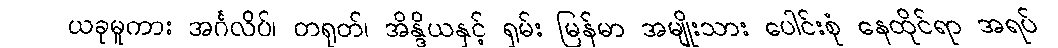
ယခုမူကား အင်္ဂလိပ်၊ တရုတ်၊ အိန္ဒိယနှင့် ရှမ်း မြန်မာ အမျိုးသား ပေါင်းစုံ နေထိုင်ရာ အရပ်